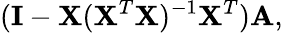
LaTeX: (\mathbf{I}-\mathbf{X}(\mathbf{X}^{T}\mathbf{X})^{-1}\mathbf{X}^{T})\mathbf{A},